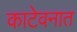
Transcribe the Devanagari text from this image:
काटेवनात